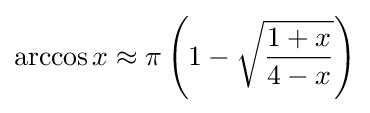
\arccos x\approx \pi \left(1-{\sqrt {\frac {1+x}{4-x}}}\right)